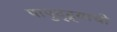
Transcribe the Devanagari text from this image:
पापुद्द्र्याची